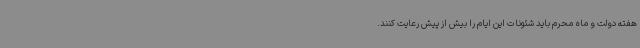
هفته دولت و ماه محرم باید شئونات این ایام را بیش از پیش رعایت کنند.